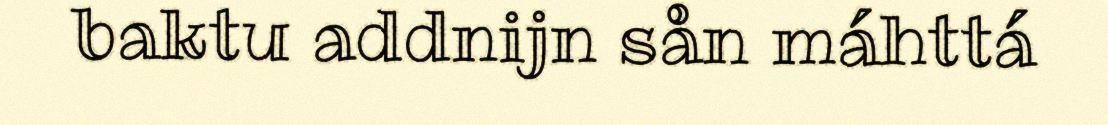
baktu addnijn sån máhttá